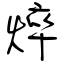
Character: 焠